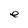
Character: e